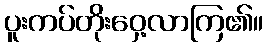
ပူးကပ်တိုးဝှေ့လာကြ၏။